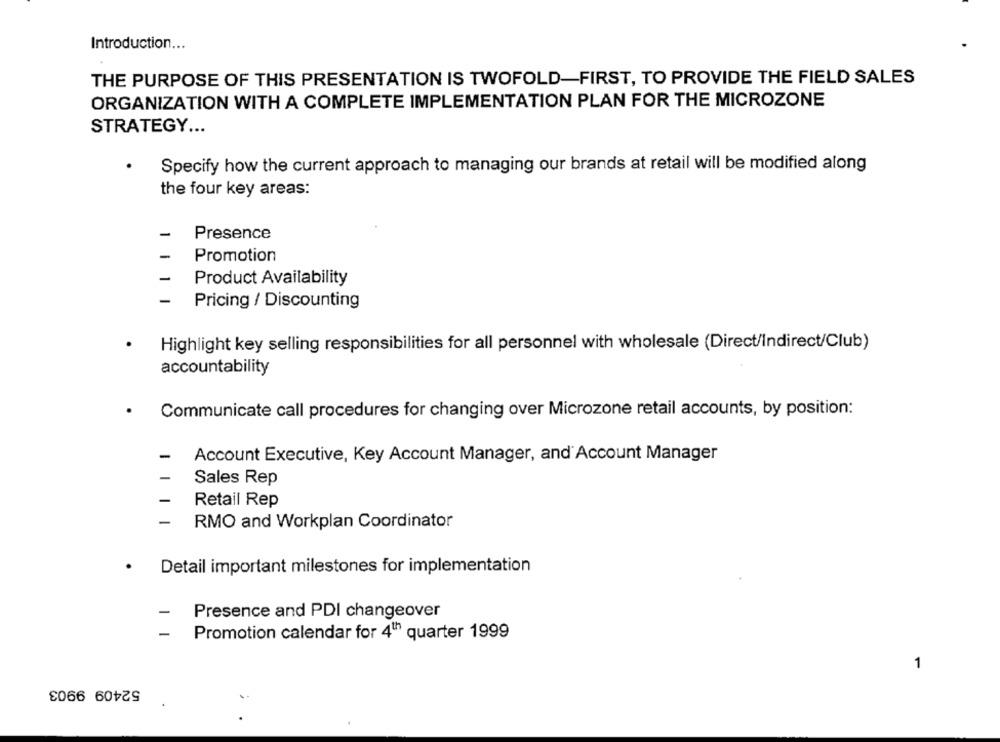
Introduction ...
THE PURPOSE OF THIS PRESENTATION IS TWOFOLD-FIRST, TO PROVIDE THE FIELD SALES
ORGANIZATION WITH A COMPLETE IMPLEMENTATION PLAN FOR THE MICROZONE
STRATEGY ...
Specify how the current approach to managing our brands at retail will be modified along
the four key areas:
-
Presence
Promotion
-
Product Availability
-
Pricing / Discounting
Highlight key selling responsibilities for all personnel with wholesale (Direct/Indirect/Club)
accountability
.
Communicate call procedures for changing over Microzone retail accounts, by position:
-
Account Executive, Key Account Manager, and Account Manager
Sales Rep
Retail Rep
RMO and Workplan Coordinator
.
Detail important milestones for implementation
Presence and PDI changeover
-
Promotion calendar for 4th quarter 1999
1
52409 9903